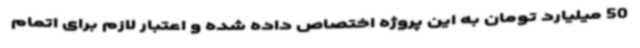
50 میلیارد تومان به این پروژه اختصاص داده شده و اعتبار لازم برای اتمام